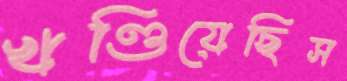
খণ্ডিয়েছিস